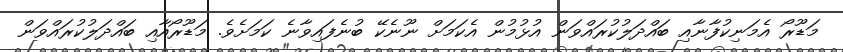
މަޑޫރޯ އެމަނިކުފާނާއި ބައްދަލުކުރައްވަން އުޅުމުން އެކަމަށް ނޫނެކޭ ބުނެފައިވާނެ ކަމަށެވެ. މަޑޫރޯއާއި ބައްދަލުކުރައްވަން